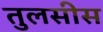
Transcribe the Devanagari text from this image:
तुलसीस